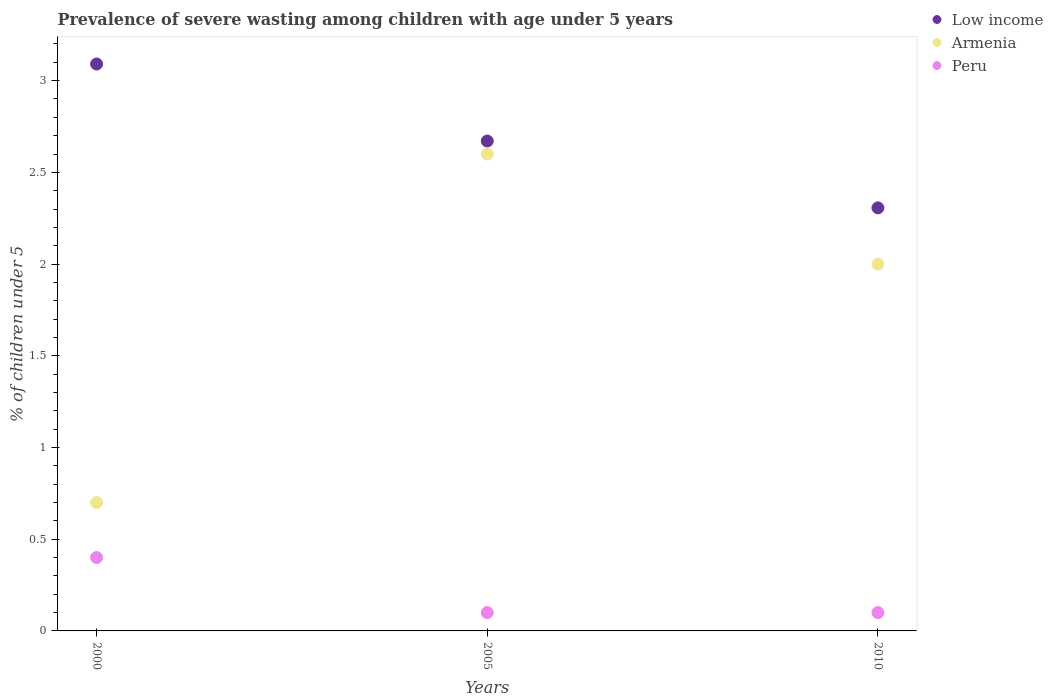
| Years | Low income | Armenia | Peru |
 | --- | --- | --- | --- |
 | 2000 | 3.09 | 0.7 | 0.4 |
 | 2005 | 2.67 | 2.6 | 0.1 |
 | 2010 | 2.31 | 2 | 0.1 |